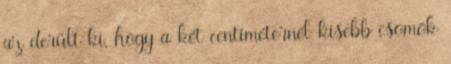
az derült ki, hogy a két centiméternél kisebb csomók